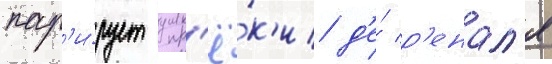
пар'и́рует упр'ё́к'и д'е́ р'енал'я